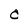
Character: C